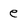
Character: e